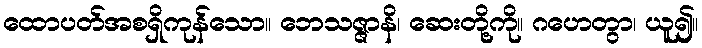
ထောပတ်အစရှိကုန်သော။ ဘေသဇ္ဇာနိ၊ ဆေးတို့ကို။ ဂဟေတွာ၊ ယူ၍။